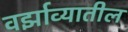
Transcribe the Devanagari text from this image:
वर्झाव्यातील